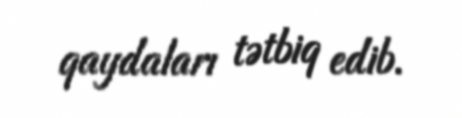
qaydaları tətbiq edib.